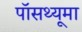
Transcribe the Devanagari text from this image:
पॉसथ्यूमा